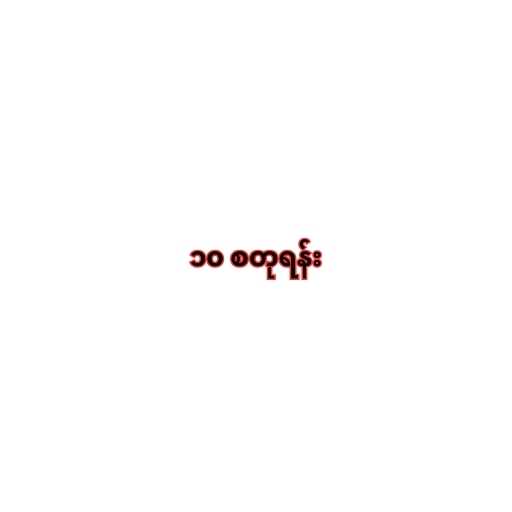
၁၀ စတုရန်း